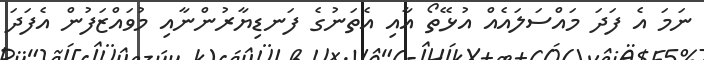
ނަމަ އެ ފަދަ މައްސަލައެއް އުޅޭތޯ އާއި އެތަނުގެ ފަނޑިޔާރުންނާއި މުވައްޒަފުން އެފަދަ